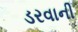
ડરવાની